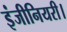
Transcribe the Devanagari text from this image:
इंजीनियरी।